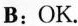
B:OK